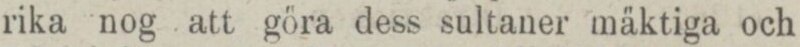
rika nog att göra dess sultaner mäktiga och